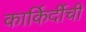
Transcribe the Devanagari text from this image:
कार्किर्दीची